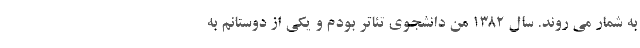
به شمار می روند. سال 1382 من دانشجوی تئاتر بودم و یکی از دوستانم به